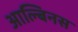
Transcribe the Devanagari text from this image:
आल्बिनस